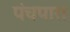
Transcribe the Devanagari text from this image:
पंचपारा